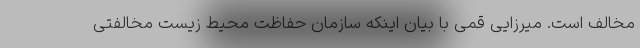
مخالف است. میرزایی قمی با بیان اینکه سازمان حفاظت محیط زیست مخالفتی